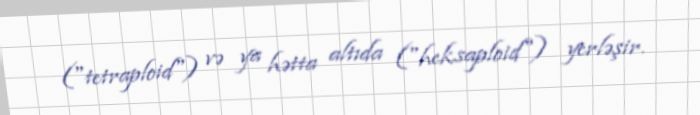
("tetraploid") və ya hətta altıda ("heksaploid") yerləşir.